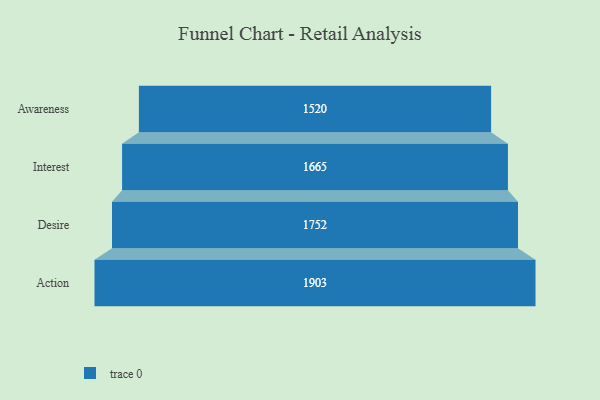
{"axis": {"x": "Stage", "y": "Value"}, "legend": [""], "data": [{"x": "Awareness", "y": 1520.0, "type": ""}, {"x": "Interest", "y": 1665.0, "type": ""}, {"x": "Desire", "y": 1752.0, "type": ""}, {"x": "Action", "y": 1903.0, "type": ""}]}